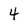
Character: 4